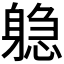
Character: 𬧫